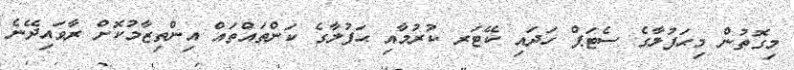
މިގޮތުން މިޙަފުލާގެ ސެޓަޕް ހަދައި ކޭޓަރ ކުރުމާއި ޙަފުލާގެ ކަންތައްތައް އިންތިޒާމުކޮށް ރާވައިދޭނެ